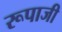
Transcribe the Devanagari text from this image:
रूपाजी